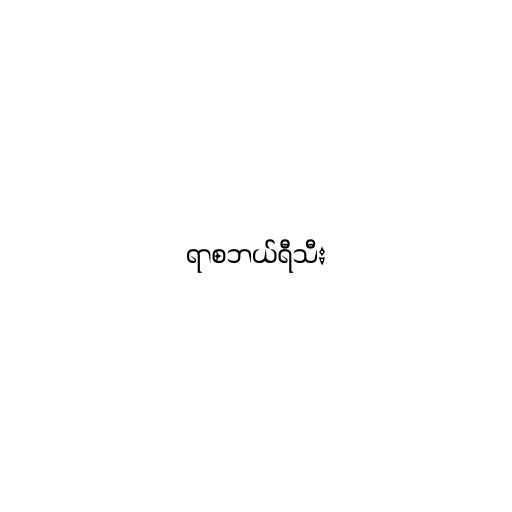
ရာစဘယ်ရီသီး